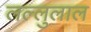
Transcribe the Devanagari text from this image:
लल्लुलाल